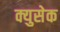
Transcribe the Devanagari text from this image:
क्युसेक